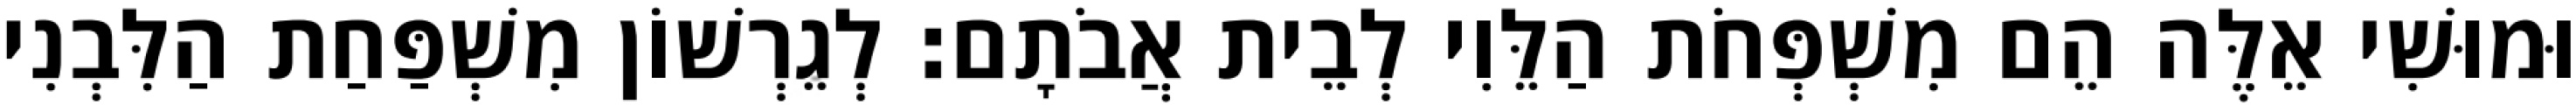
וּמוּשִׁי אֵלֶּה הֵם מִשְׁפְּחֹת הַלֵּוִי לְבֵית אֲבֹתָם׃ לְגֵרְשׁוֹן מִשְׁפַּחַת הַלִּבְנִי